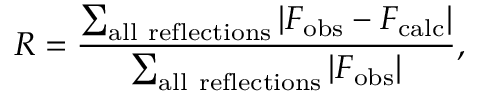
R = { \frac { \sum _ { \mathrm { a l l ~ r e f l e c t i o n s } } \left| F _ { \mathrm { o b s } } - F _ { \mathrm { c a l c } } \right| } { \sum _ { \mathrm { a l l ~ r e f l e c t i o n s } } \left| F _ { \mathrm { o b s } } \right| } } ,